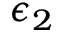
\epsilon _ { 2 }